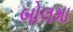
બોલમા